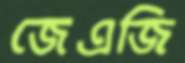
জেএজি